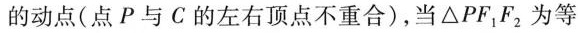
的动点(点P与C的左右顶点不重合)，当△PF_{1}F_{2}为等